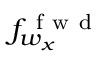
f _ { w _ { x } } ^ { \mathrm { ~ f ~ w ~ d ~ } }